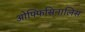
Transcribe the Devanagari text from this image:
ओफ्फिसिनालिस